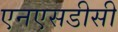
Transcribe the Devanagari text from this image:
एनएसडीसी